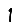
Digit: 1